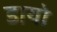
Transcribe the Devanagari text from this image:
डायो